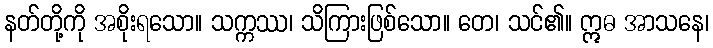
နတ်တို့ကို အစိုးရသော။ သက္ကဿ၊ သိကြားဖြစ်သော။ တေ၊ သင်၏။ ဣဓ အာသနေ၊